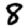
Digit: 8